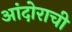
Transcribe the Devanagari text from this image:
आंदोराची